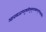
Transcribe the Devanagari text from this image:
आत्तसज्जधनुषाविषुस्पृशावक्षयाशुगनिषङ्गसङ्गिनौ।